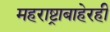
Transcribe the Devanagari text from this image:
महराष्ट्राबाहेरही